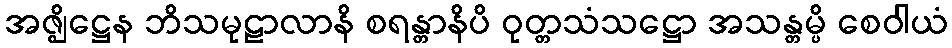
အဇ္ဈိဋ္ဌေန ဘိသမုဠာလာနိ စရန္တာနိပိ ဝုတ္တသံသဋ္ဌော အသန္တမ္ပိ စေဝါယံ